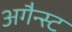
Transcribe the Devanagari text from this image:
अगैन्स्ट